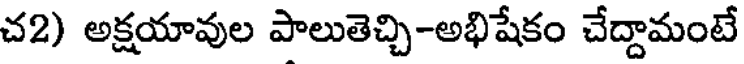
చ2) అక్షయావుల పాలుతెచ్చి-అభిషేకం చేద్దామంటే